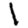
Digit: 1